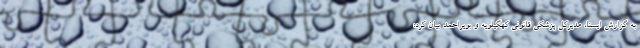
به گزارش ایسنا، مدیرکل پزشکی قانونی کهگیلویه و بویراحمد بیان کرد: